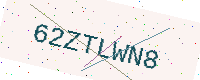
Text: 62ZTLWN8